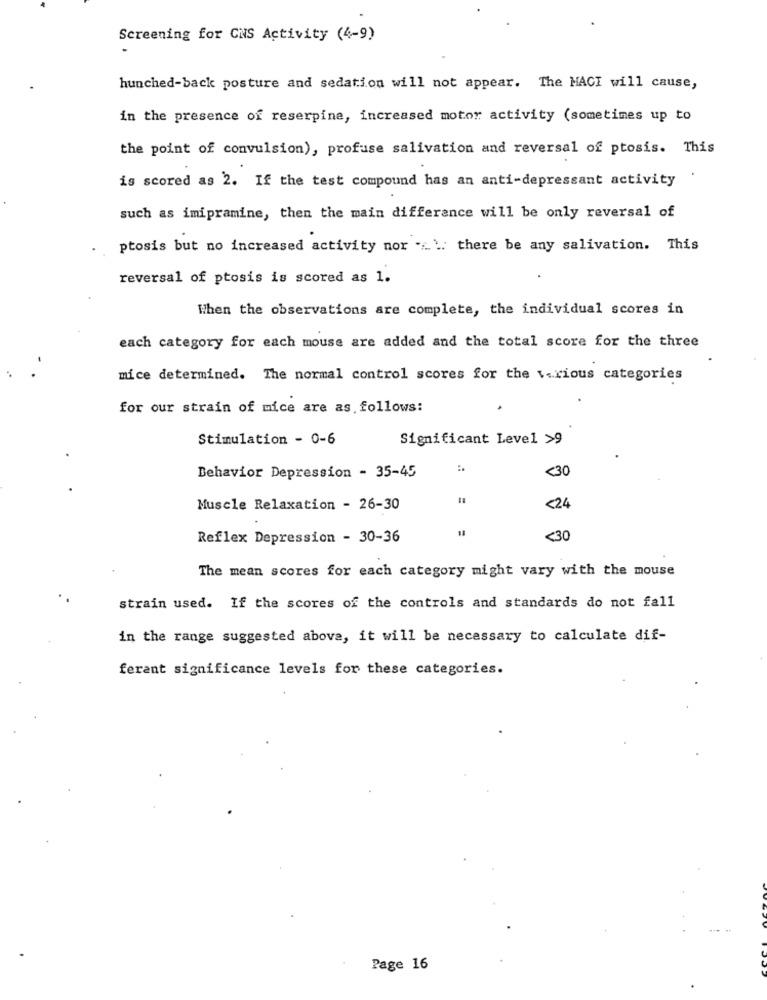
Screening for CNS Activity (4-9)
hunched-back posture and sedation will not appear. The MACI will cause,
in the presence of reserpine, increased motor activity (sometimes up to
the point of convulsion), profuse salivation and reversal of ptosis. This
is scored as 2. If the test compound has an anti-depressant activity
such as imipramine, then the main difference will be only reversal of
ptosis but no increased activity nor .... there be any salivation. This
reversal of ptosis is scored as 1.
When the observations are complete, the individual scores in
each category for each mouse are added and the total score for the three
mice determined. The normal control scores for the various categories
for our strain of mice are as follows:
Stimulation - 0-6
Significant Level >9
<30
Behavior Depression - 35-45
18
Muscle Relaxation - 26-30
<24
Reflex Depression - 30-36
<30
The mean scores for each category might vary with the mouse
strain used. If the scores of the controls and standards do not fall
in the range suggested above, it will be necessary to calculate dif-
ferent significance levels for these categories.
Page 16